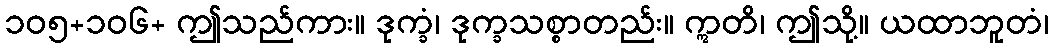
၁၀၅+၁၀၆+ ဤသည်ကား။ ဒုက္ခံ၊ ဒုက္ခသစ္စာတည်း။ ဣတိ၊ ဤသို့။ ယထာဘူတံ၊